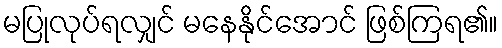
မပြုလုပ်ရလျှင် မနေနိုင်အောင် ဖြစ်ကြရ၏။